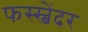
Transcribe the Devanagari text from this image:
फस्स्बेंदर